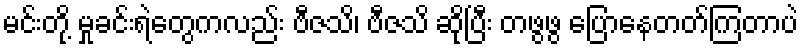
မင်းတို့ မှုခင်းရဲတွေကလည်း ဗီဇသိ၊ ဗီဇသိ ဆိုပြီး တဖွဖွ ပြောနေတတ်ကြတာပဲ